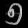
Digit: ၅